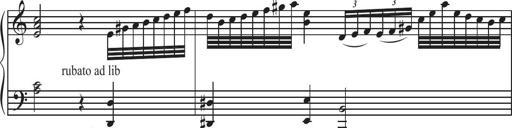
Title: Sonatina Espania
Composer: Jerald Franklin Archer
Key: Various